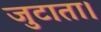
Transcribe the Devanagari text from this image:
जुटाता।